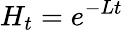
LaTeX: H_{t}=e^{-Lt}